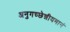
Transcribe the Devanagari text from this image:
अनुगच्छेन्नीयमानं